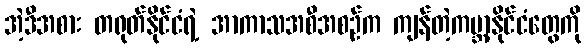
အဲ့ဒီအစား တရုတ်နိုင်ငံရဲ့ အာကာသအစီအစဉ်က ကျန်တဲ့ကမ္ဘာ့နိုင်ငံတွေကို